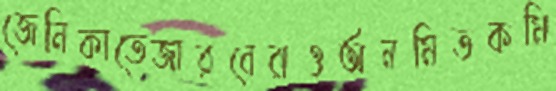
জেনিকাতেজারবেরাওঅনমিতকমি